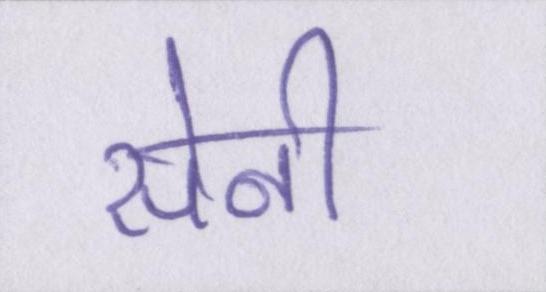
सेनी